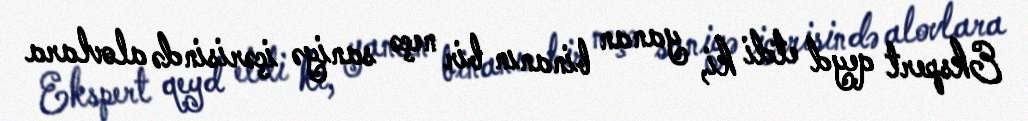
Ekspert qeyd etdi ki, yanan binanın bir neçə saniyə içərisində alovlara